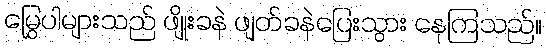
မြွှေပါများသည် ဖျိုးခနဲ ဖျတ်ခနဲပြေးသွား နေကြသည်။